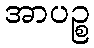
အာပဉ္စ